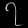
Digit: ၇